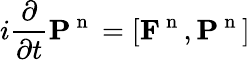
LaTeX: i\frac{\partial}{\partial t}\mathbf{P}^{\mathrm{~n~}}=\left[\mathbf{F}^{\mathrm{~n~}},\mathbf{P}^{\mathrm{~n~}}\right]